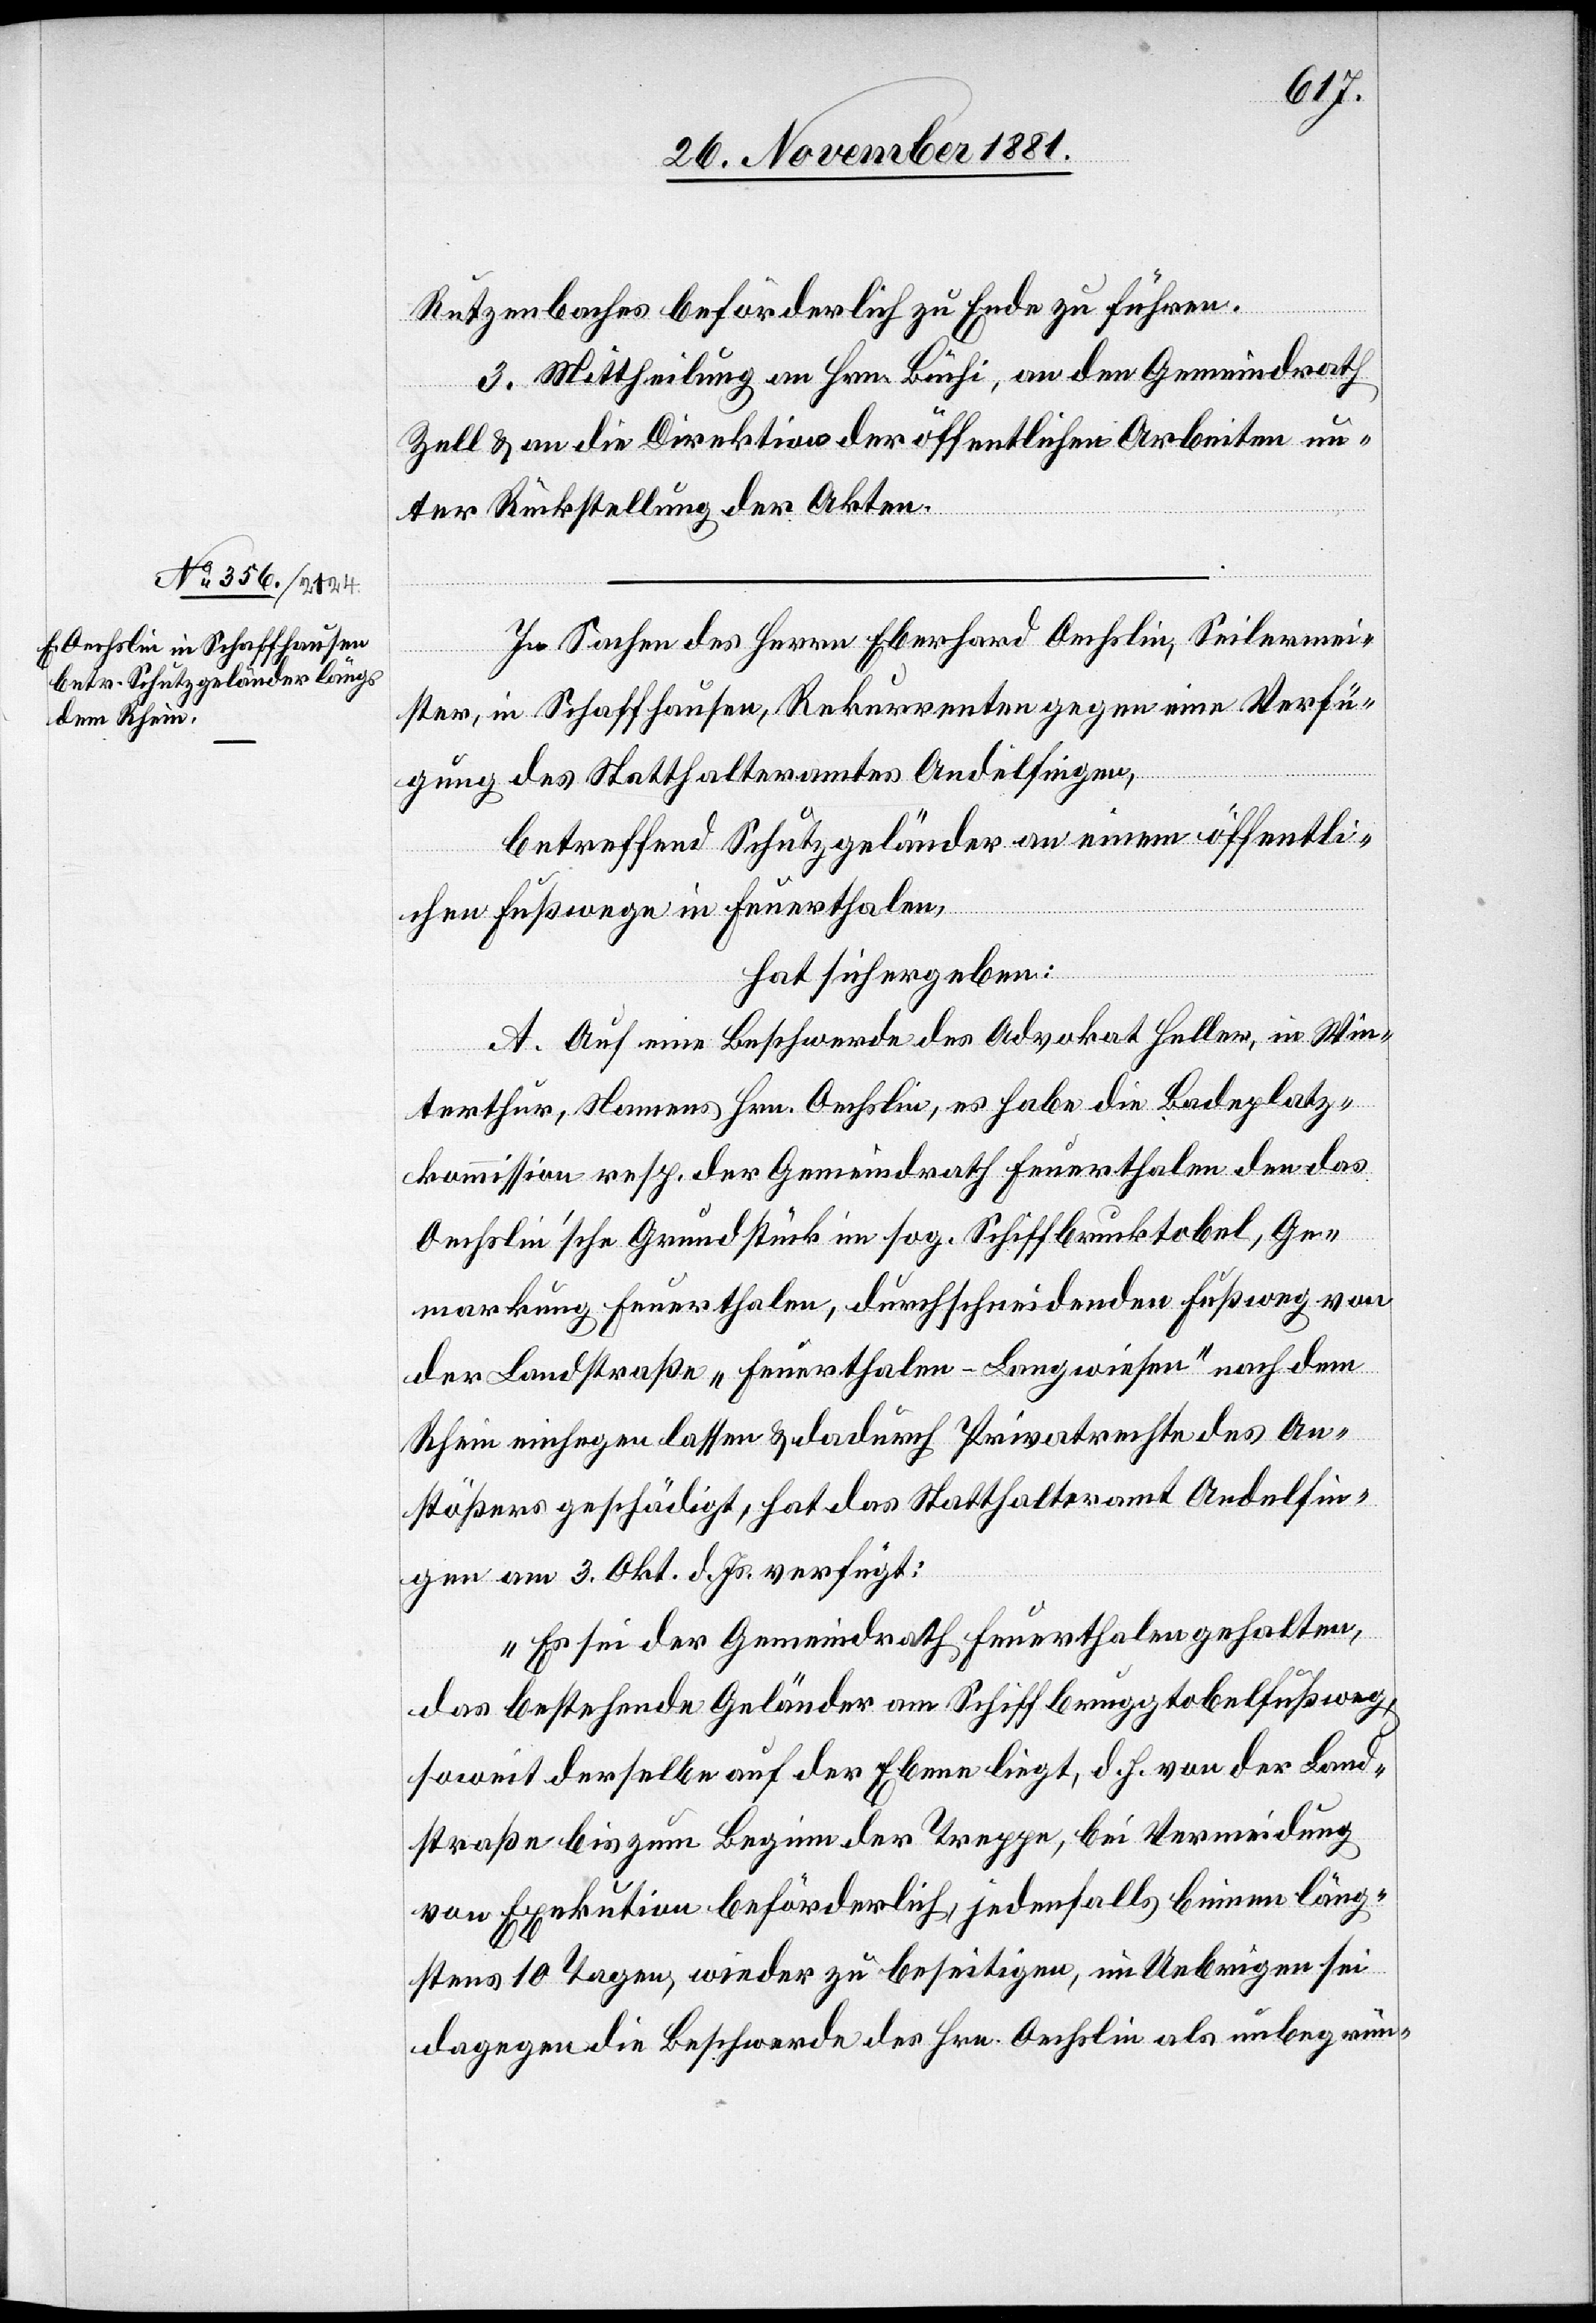
Rutzenbaches beförderlich zu Ende zu führen.
3. Mittheilung an Hrn. Büchi, an den Gemeindrath
Zell & an die Direktion der öffentlichen Arbeiten un¬
ter Rückstellung der Akten.
In Sachen des Herrn Eberhard Oechslin, Seilermei¬
ster, in Schaffhausen, Rekurrenten gegen eine Verfü¬
gung des Statthalteramtes Andelfingen,
betreffend Schutzgeländer an einem öffentli¬
chen Fußwege in Feuerthalen,
hat sich ergeben:
A. Auf eine Beschwerde des Advokat Heller, in Win¬
terthur, Namens Hrn. Oechslin, es habe die Badeplatz¬
kommission resp. der Gemeindrath Feuerthalen den das
Oechslin’sche Grundstück im sog. Schiffbrucktobel, Ge¬
markung Feuerthalen, durchschneidenden Fußweg von
der Landstraße „Feuerthalen–Langwiesen“ nach dem
Rhein einhegen lassen & dadurch Privatrechte des An¬
stößers geschädigt, hat das Statthalteramt Andelfin¬
gen am 3. Okt. d. Js. verfügt:
„Es sei der Gemeindrath Feuerthalen gehalten,
das bestehende Geländer am Schiffbruggtobelfußweg,
soweit derselbe auf der Ebene liegt, d. h. von der Land¬
straße bis zum Beginn der Treppe, bei Vermeidung
von Exekution beförderlich, jedenfalls binnen läng¬
stens 10 Tagen, wieder zu beseitigen, im Uebrigen sei
dagegen die Beschwerde des Hrn. Oechslin als unbegrün-